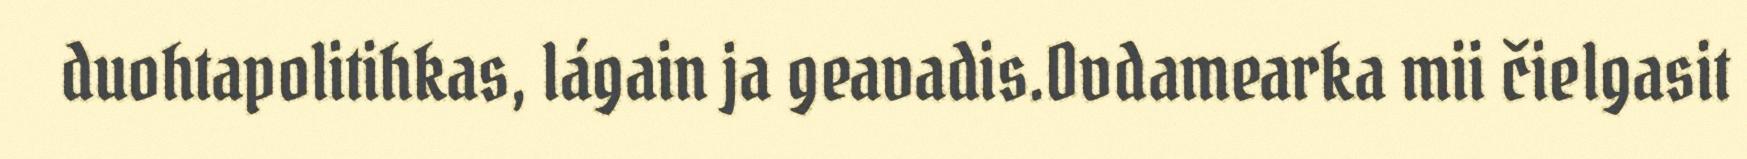
duohtapolitihkas, lágain ja geavadis.Ovdamearka mii čielgasit